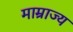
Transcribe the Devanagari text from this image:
माम्राज्य